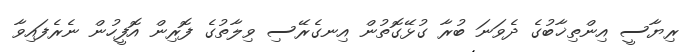
ރިޔާސީ އިންތިޚާބުގެ ދެވަނަ ބުރާ ގުޅޭގޮތުން އިނގެރޭސި ވިލާތުގެ ފޮރިން އޮފީހުން ނެރެފައިވާ